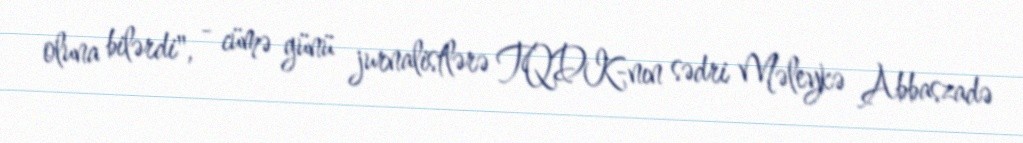
oluna bilərdi", - cümə günü jurnalistlərə TQDK-nın sədri Məleykə Abbaszadə